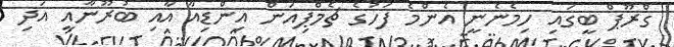
ގްރޫޕް ބީގައި ހިމެނެނީ އެންމެ ފަހުގެ ޗެމްޕިއަން އިންޑިއާ އާއި ބުރޫނާއީ އަދި